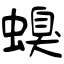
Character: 螑